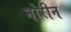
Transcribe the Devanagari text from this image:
नोरीन